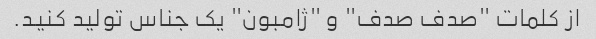
از کلمات "صدف صدف" و "ژامبون" یک جناس تولید کنید.